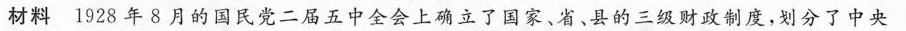
材料1928年8月的国民党二届五中全会上确立了国家、省、县的三级财政制度，划分了中央